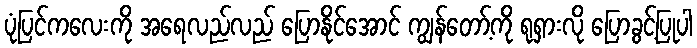
ပုံပြင်ကလေးကို အရေလည်လည် ပြောနိုင်အောင် ကျွန်တော့်ကို ရုရှားလို ပြောခွင့်ပြုပါ